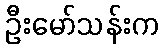
ဦးမော်သန်းက